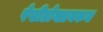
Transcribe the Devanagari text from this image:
पेप्टीडोग्लायकन